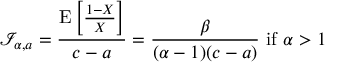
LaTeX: { \mathcal { I } } _ { \alpha , a } = { \frac { \operatorname { E } \left[ { \frac { 1 - X } { X } } \right] } { c - a } } = { \frac { \beta } { ( \alpha - 1 ) ( c - a ) } } { \mathrm { ~ i f ~ } } \alpha > 1